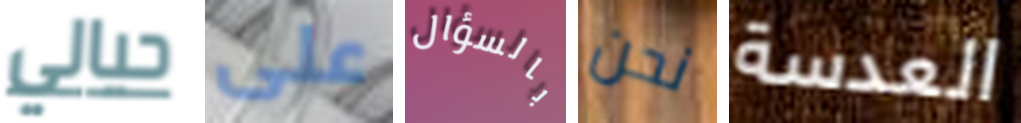
حيالي على بالسؤال نحن العدسة